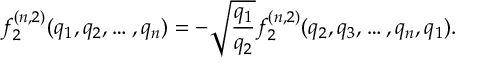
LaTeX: f _ { 2 } ^ { ( n , 2 ) } ( q _ { 1 } , q _ { 2 } , \dots , q _ { n } ) = - \sqrt { \frac { q _ { 1 } } { q _ { 2 } } } f _ { 2 } ^ { ( n , 2 ) } ( q _ { 2 } , q _ { 3 } , \dots , q _ { n } , q _ { 1 } ) .